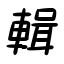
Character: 輯